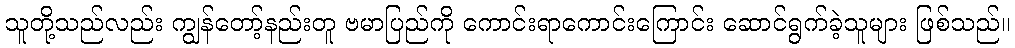
သူတို့သည်လည်း ကျွန်တော့်နည်းတူ ဗမာပြည်ကို ကောင်းရာကောင်းကြောင်း ဆောင်ရွက်ခဲ့သူများ ဖြစ်သည်။